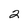
Character: 2